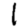
Digit: 1